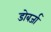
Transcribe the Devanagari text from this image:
डोबर्जा